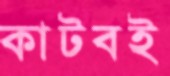
কাটবই